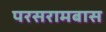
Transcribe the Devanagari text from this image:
परसरामबास